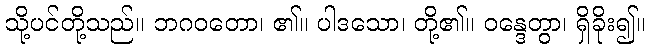
သို့ပင်တို့သည်။ ဘဂဝတော၊ ၏။ ပါဒသော၊ တို့၏။ ဝန္ဒေတွာ၊ ရှိခိုး၍။